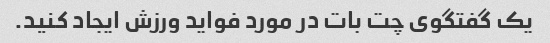
یک گفتگوی چت بات در مورد فواید ورزش ایجاد کنید.